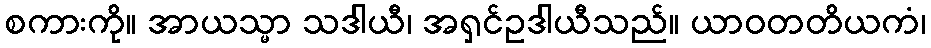
စကားကို။ အာယသ္မာ သဒါယီ၊ အရှင်ဥဒါယီသည်။ ယာဝတတိယကံ၊